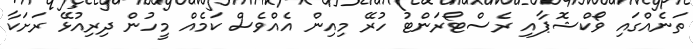
ތަނެއްގައި ވޯކްޝޮޕާއި ރެސްޓޯރަންޓު ހުރޭ މިއިން އެއްވެސް ކަމެއް މީހުން ދިރިއުޅޭ ރަށަކާ